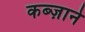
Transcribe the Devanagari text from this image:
कब्ज़ाने